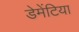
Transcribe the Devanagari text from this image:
डेमेंटिया